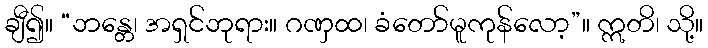
ချီ၍။ “ဘန္တေ၊ အရှင်ဘုရား။ ဂဏှထ၊ ခံတော်မူကုန်လော့”။ ဣတိ၊ သို့။